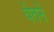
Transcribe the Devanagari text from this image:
वेतने